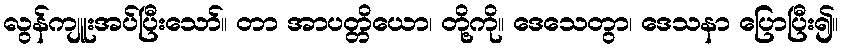
လွန်ကျူးအပ်ပြီးသော်။ တာ အာပတ္တိယော၊ တို့ကို။ ဒေသေတွာ၊ ဒေသနာ ပြောပြီး၍။